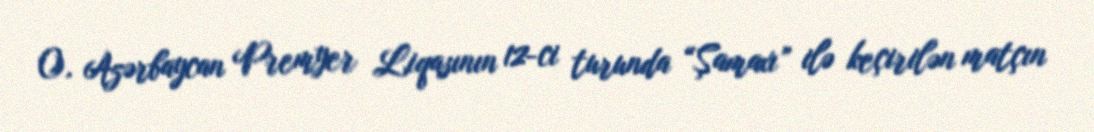
O, Azərbaycan Premyer Liqasının 12-ci turunda “Şamaxı” ilə keçirilən matçın